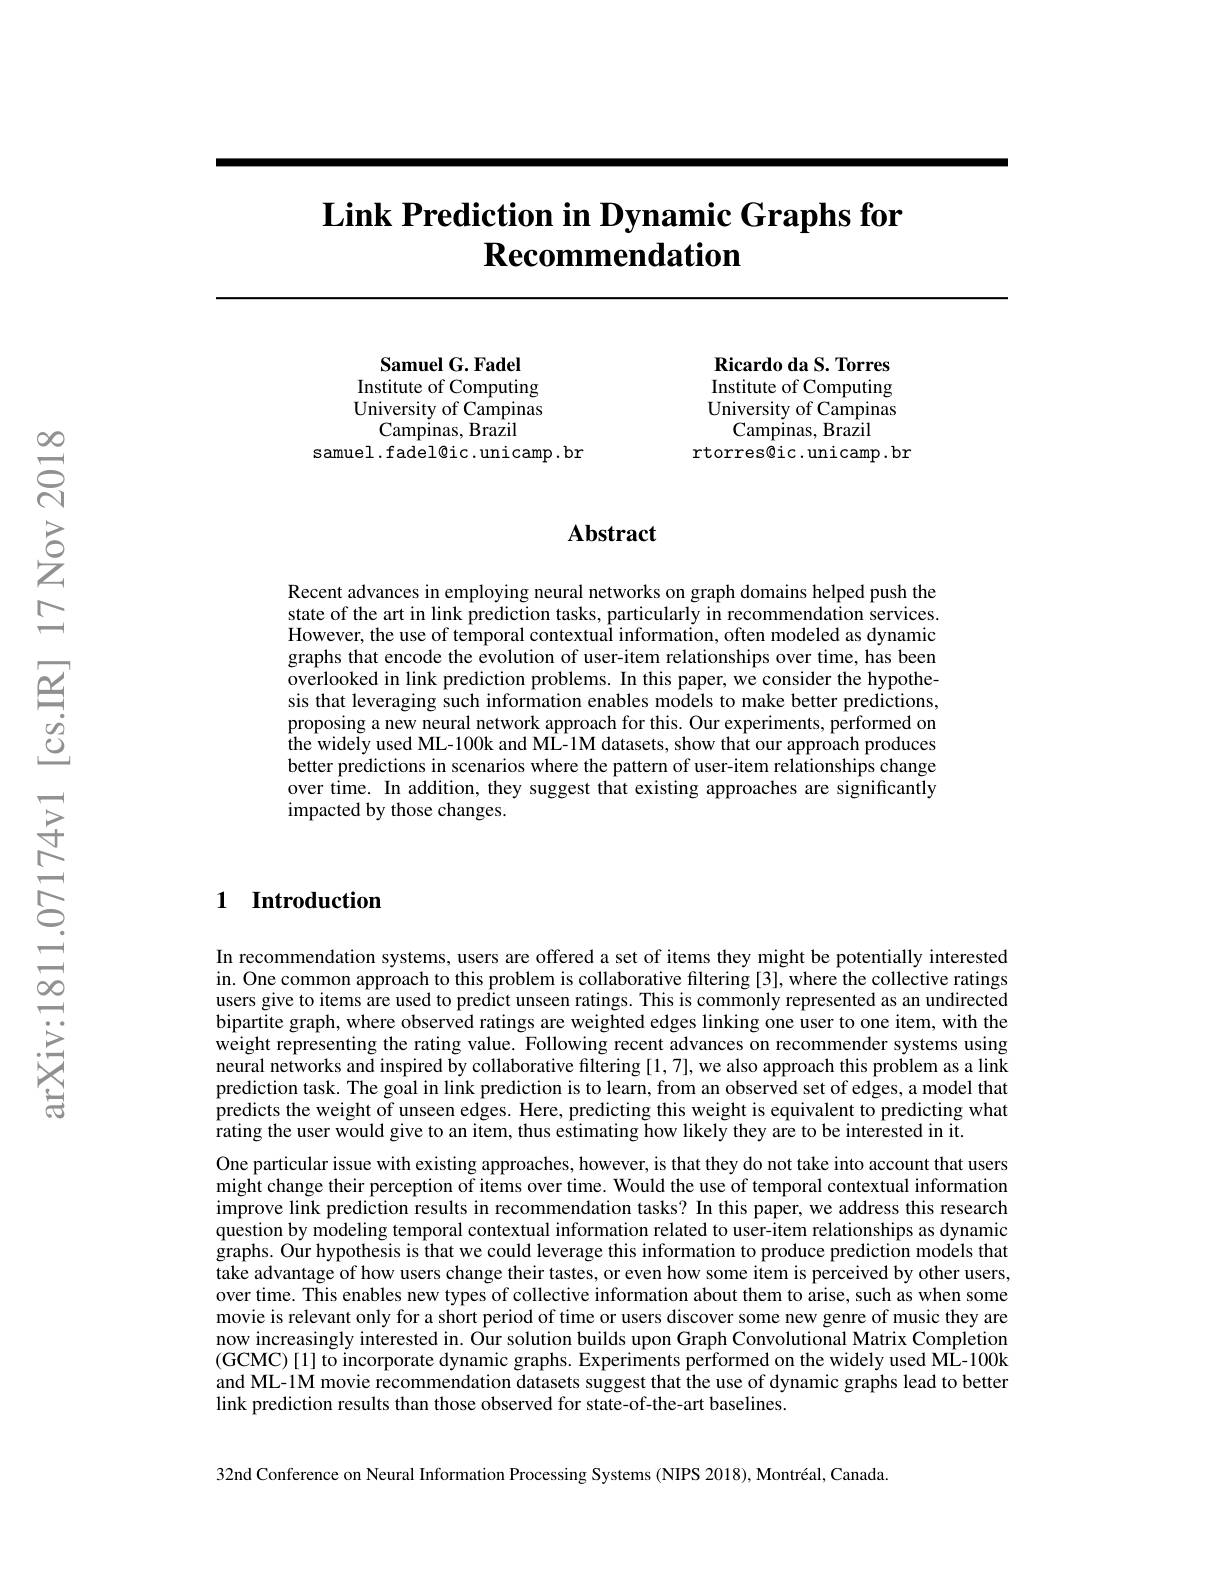
# $\textbf{Link Prediction in Dynamic Graphs for}$ $\textbf{Recommendation}$

Samuel G. Fadel Institute of Computing University of Campinas
Campinas, Brazil
samuel.fadel@ic.unicamp.br

Ricardo da S. Torres Institute of Computing University of Campinas
Campinas, Brazil
rtorres@ic.unicamp.br

### $\mathbf{Abstract}$

Recent advances in employing neural networks on graph domains helped push the state of the art in link prediction tasks, particularly in recommendation services. However, the use of temporal contextual information, often modeled as dynamic graphs that encode the evolution of user-item relationships over time, has been overlooked in link prediction problems. In this paper, we consider the hypothesis that leveraging such information enables models to make better predictions, proposing a new neural network approach for this. Our experiments, performed on the widely used ML-100k and ML-1M datasets, show that our approach produces better predictions in scenarios where the pattern of user-item relationships change over time. In addition, they suggest that existing approaches are significantly impacted by those changes.

### 1 Introduction

In recommendation systems, users are offered a set of items they might be potentially interested in. One common approach to this problem is collaborative filtering [3], where the collective ratings users give to items are used to predict unseen ratings. This is commonly represented as an undirected bipartite graph, where observed ratings are weighted edges linking one user to one item, with the $\hat{\text{weight representing the rating value. Following recent advances on recommender systems using}}$ neural networks and inspired by collaborative filtering [1,7],we also approach this problem as a link prediction task. The goal in link prediction is to learn, from an observed set of edges, a model that predicts the weight of unseen edges. Here, predicting this weight is equivalent to predicting what $\hat{\text{rating the user would give to an item, thus estimating how likely they are to be interested in it.}}$
One particular issue with existing approaches, however, is that they do not take into account that users might change their perception of items over time. Would the use of temporal contextual information improve link prediction results in recommendation tasks? In this paper, we address this research question by modeling temporal contextual information related to user-item relationships as dynamic graphs. Our hypothesis is that we could leverage this information to produce prediction models that take advantage of how users change their tastes, or even how some item is perceived by other users, over time. This enables new types of collective information about them to arise, such as when some movie is relevant only for a short period of time or users discover some new genre of music they are now increasingly interested in. Ôur solution builds upon Graph Convolutional Matrix Completion (GCMC)[1] to incorporate dynamic graphs. Experiments performed on the widely used ML-100k and ML-1M movie recommendation datasets suggest that the use of dynamic graphs lead to better link prediction results than those observed for state-of-the-art baselines.

32nd Conference on Neural Information Processing Systems (NIPS 2018), Montréal, Canada.